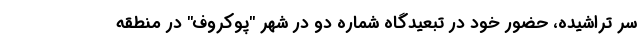
سر تراشیده، حضور خود در تبعیدگاه شماره دو در شهر "پوکروف" در منطقه